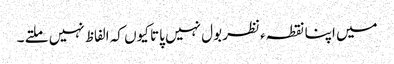
میں اپنا نقطہءنظر بول نہیں پاتا کیوں کہ الفاظ نہیں ملتے ۔